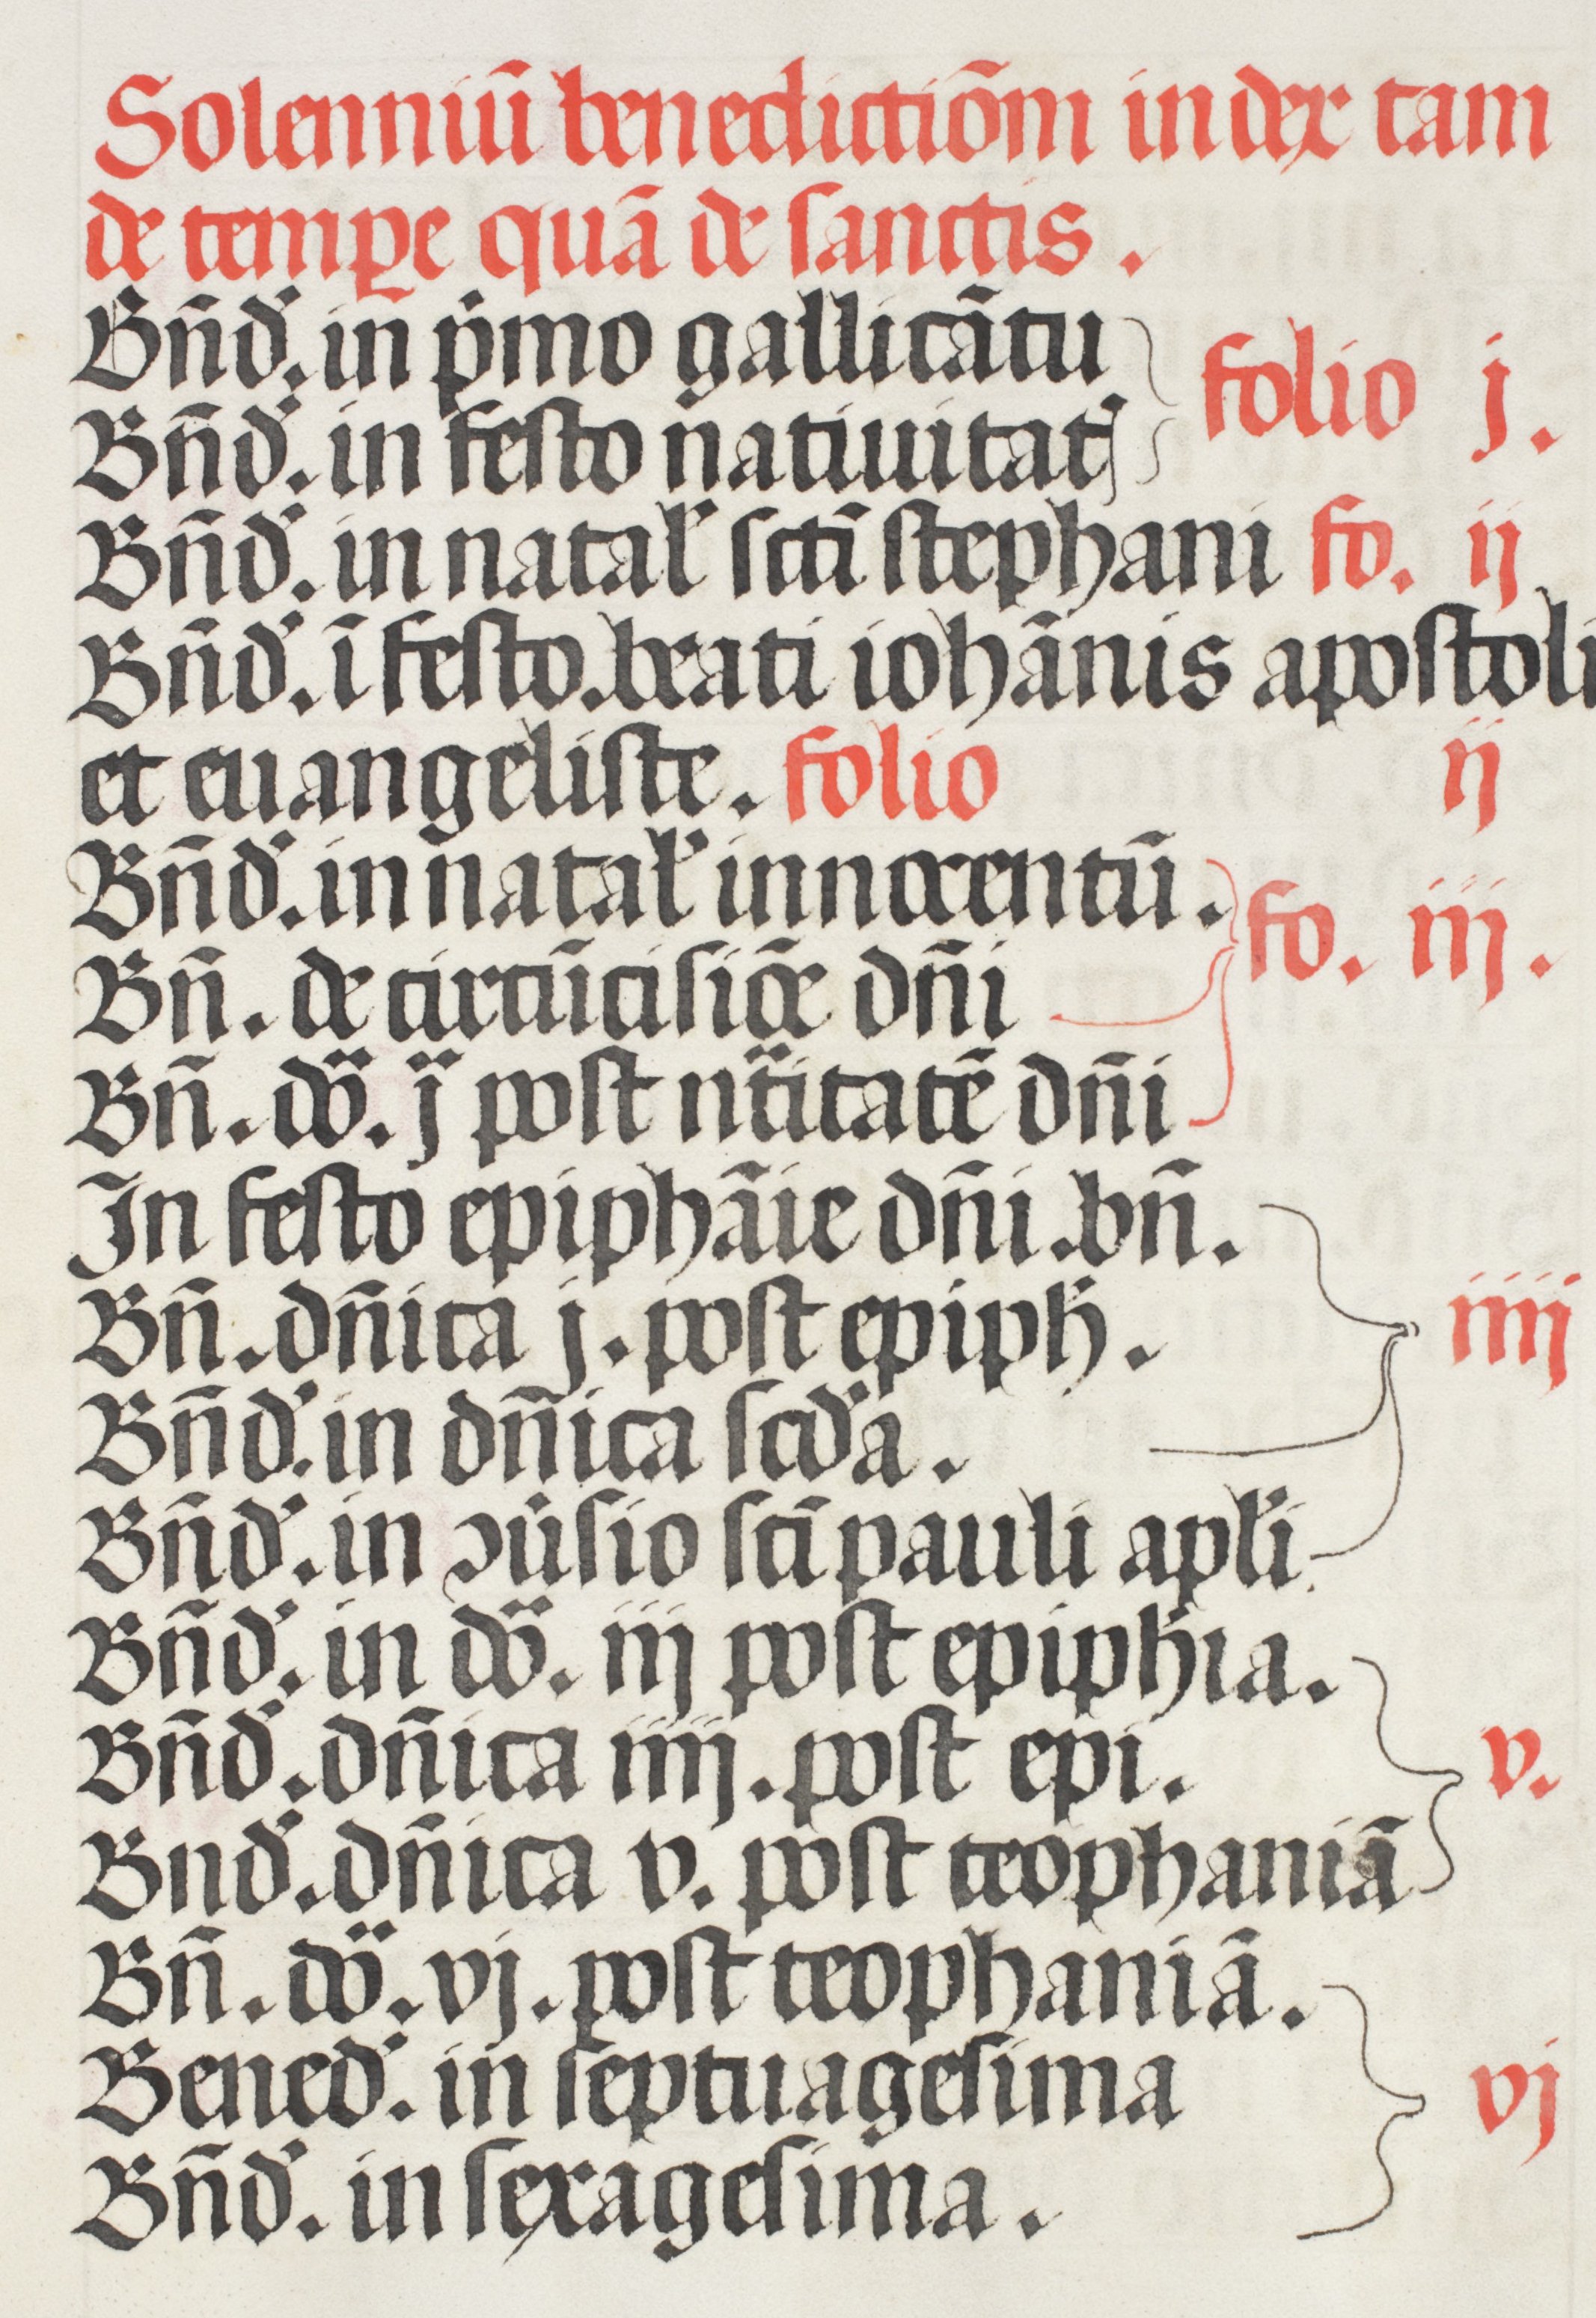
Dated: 1508–1508